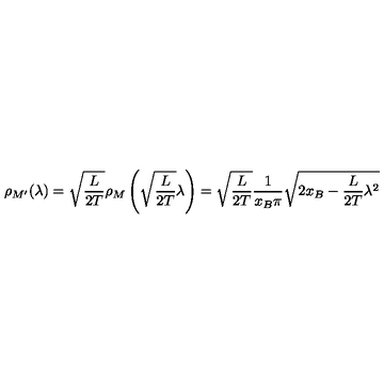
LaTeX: \rho _ { M ^ { \prime } } ( \lambda ) = \sqrt { \frac { L } { 2 T } } \rho _ { M } \left( \sqrt { \frac { L } { 2 T } } \lambda \right) = \sqrt { \frac { L } { 2 T } } \frac { 1 } { x _ { B } \pi } \sqrt { 2 x _ { B } - \frac { L } { 2 T } \lambda ^ { 2 } }